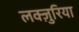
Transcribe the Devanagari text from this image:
लक्ज़ुरिया